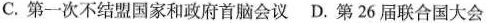
C.第一次不结盟国家和政府首脑会议 D.第26届联合国大会